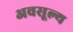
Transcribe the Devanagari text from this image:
अवसूल्य